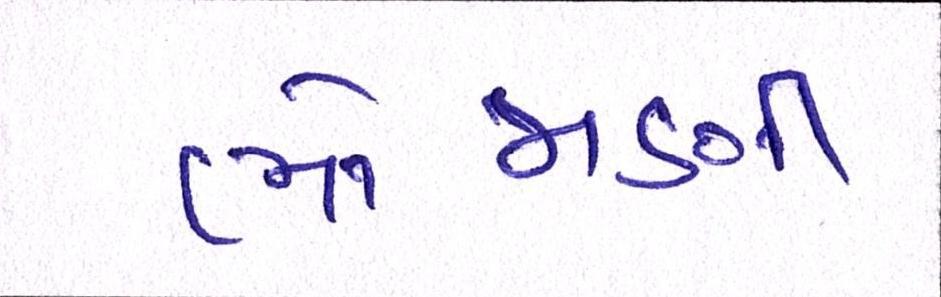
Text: ભોજાણી